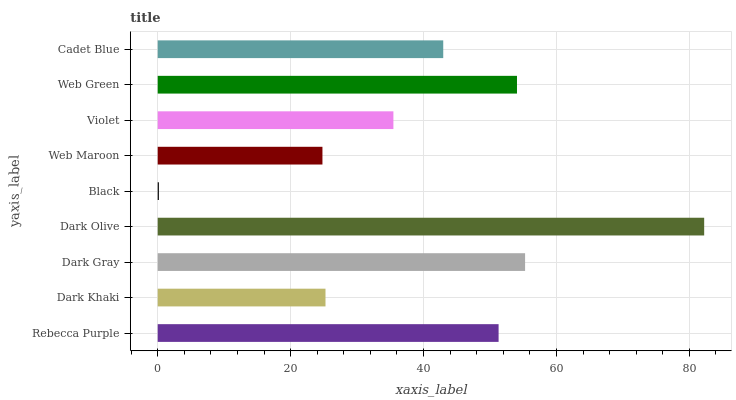
| yaxis_label | bars |
 | --- | --- |
 | Rebecca Purple | 51.3 |
 | Dark Khaki | 25.2 |
 | Dark Gray | 55.3 |
 | Dark Olive | 82.2 |
 | Black | 0.175 |
 | Web Maroon | 24.8 |
 | Violet | 35.5 |
 | Web Green | 54.1 |
 | Cadet Blue | 43 |